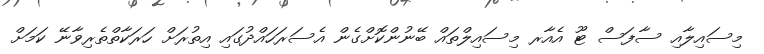
މިސައިލާއި ސާފަސް ޓޫ އެއާރ މިސައިލްތައް ބޭނުންކޮށްގެން އެސަރަހައްދުގައި އިތުރަށް ހަރަކާތްތެރިވާނޭ ކަމަށް